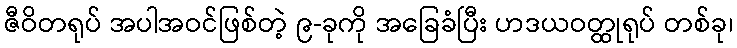
ဇီဝိတရုပ် အပါအဝင်ဖြစ်တဲ့ ၉-ခုကို အခြေခံပြီး ဟဒယဝတ္ထုရုပ် တစ်ခု၊